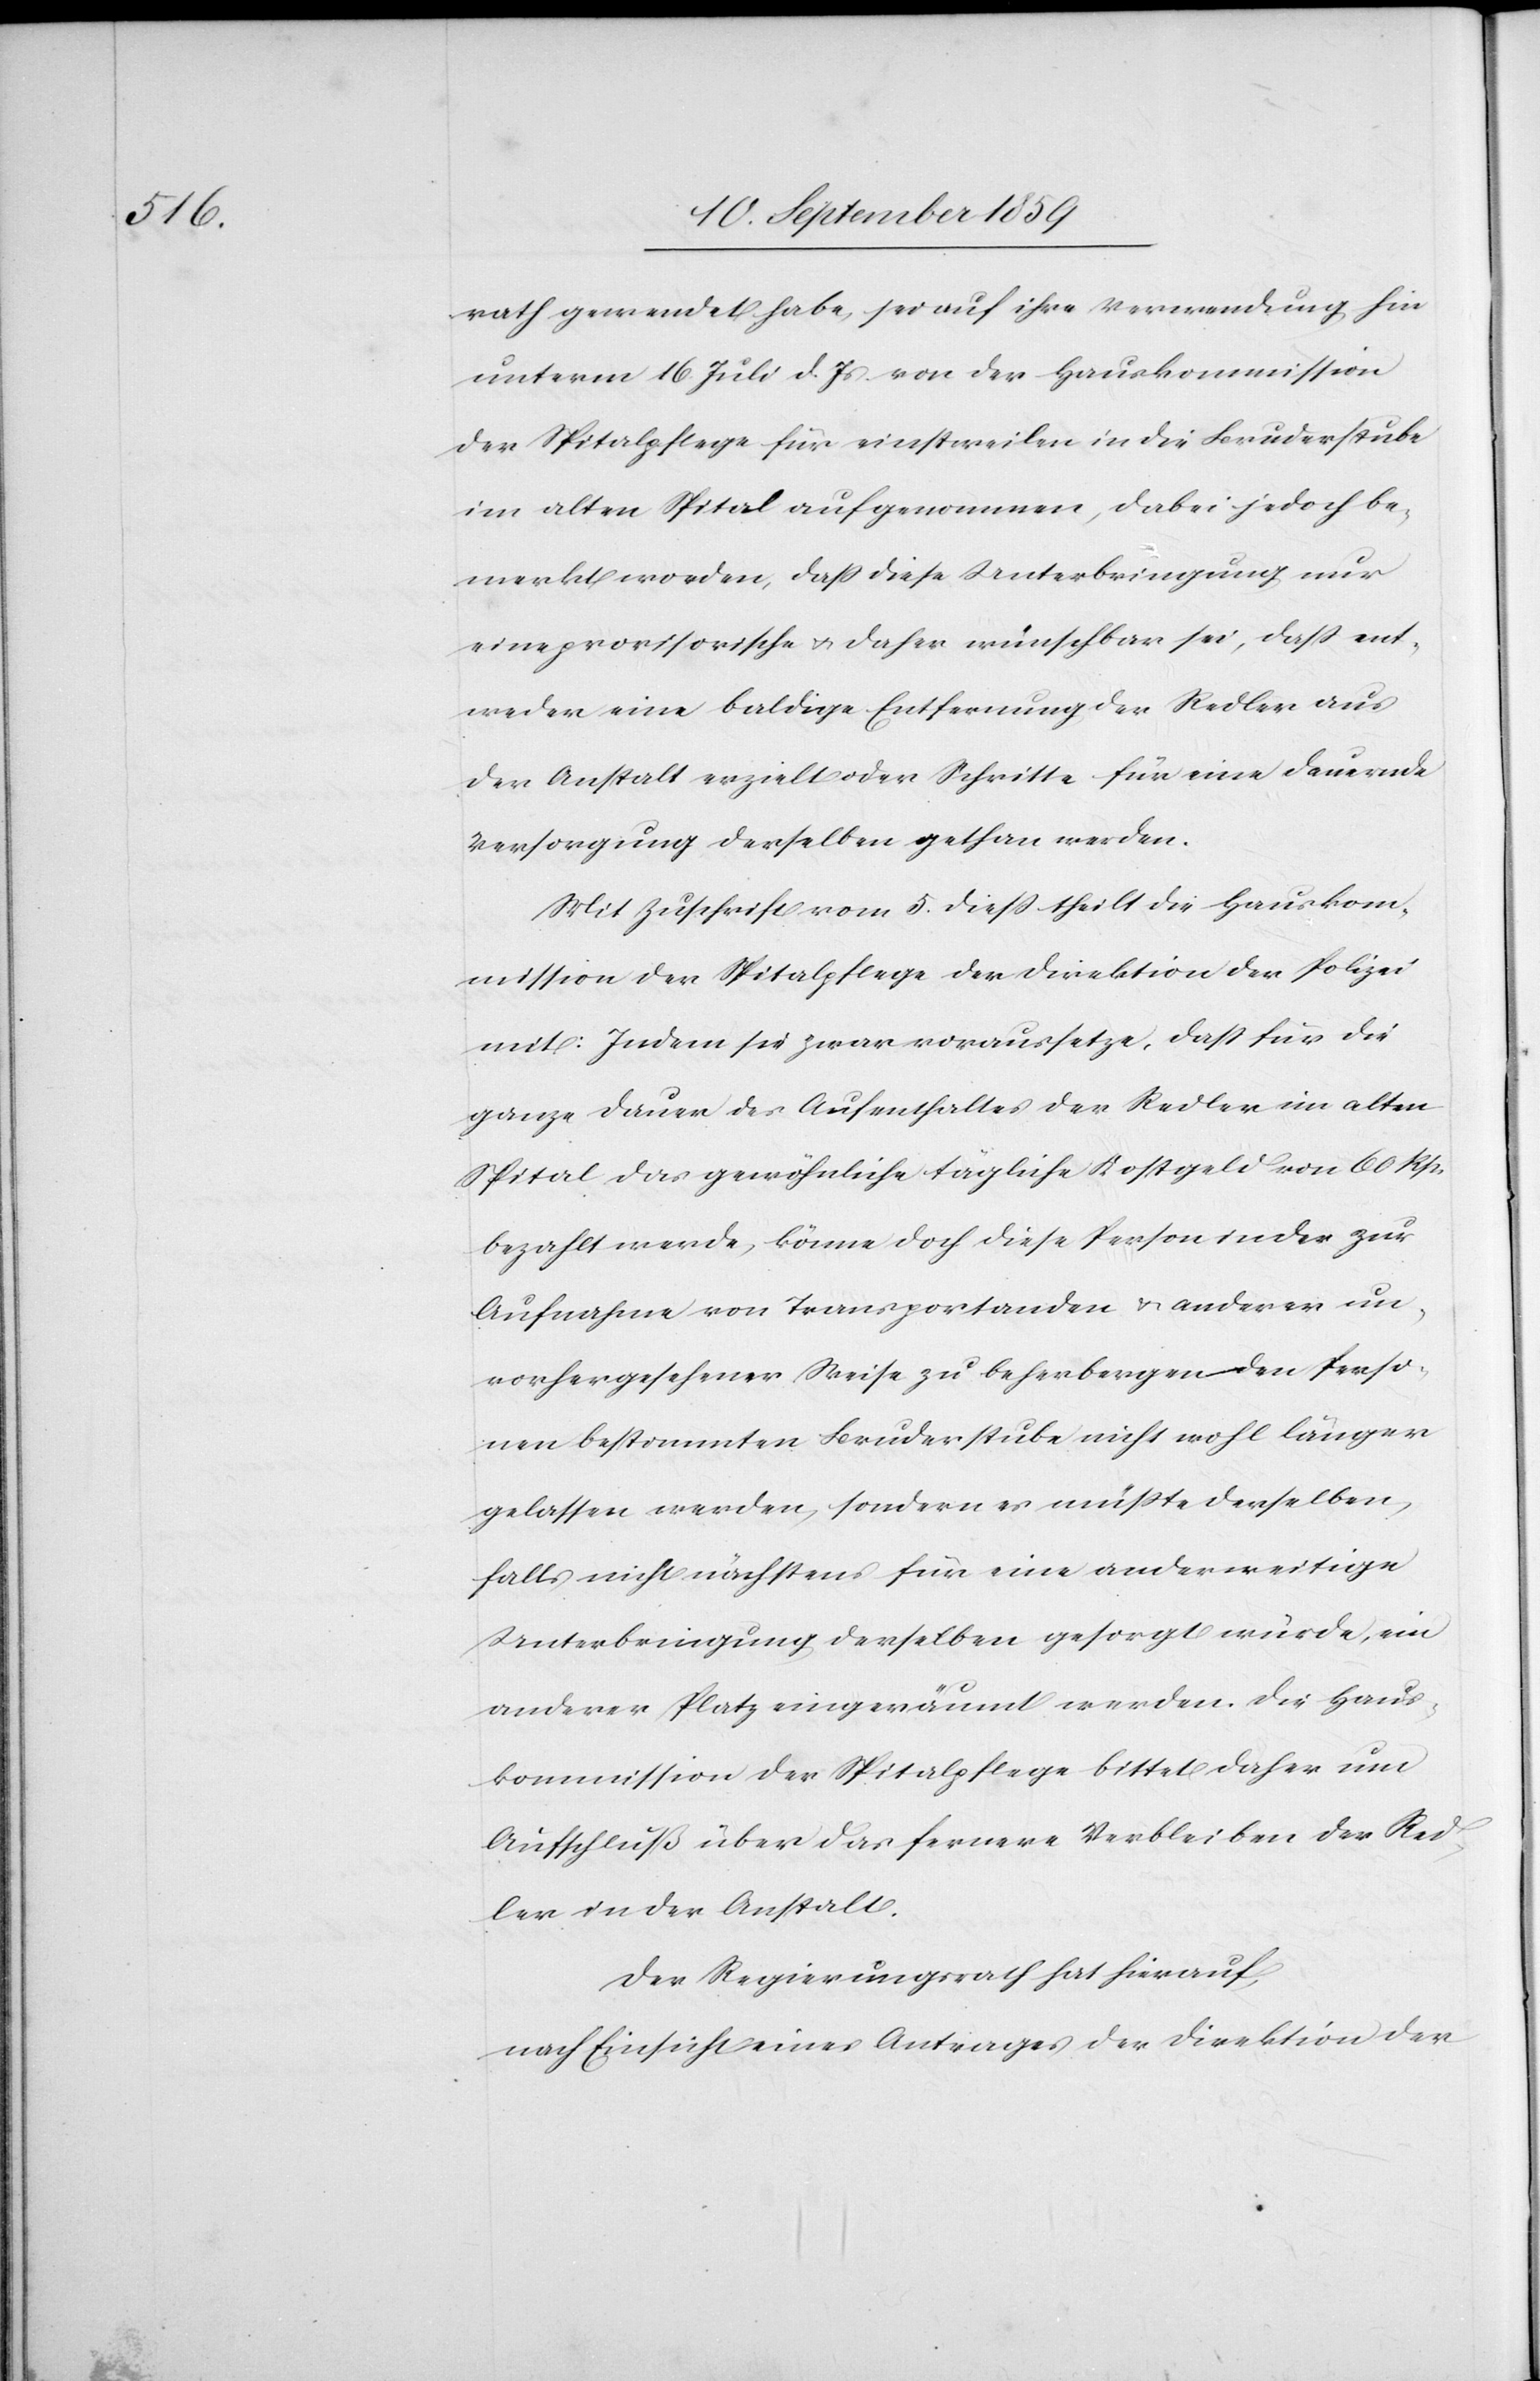
rath gewendet habe, sei auf ihre Verwendung hin
unterm 16. Juli d. Js. von der Hauskommission
der Spitalpflege für einstweilen in die Bruderstube
im alten Spital aufgenommen, dabei jedoch be¬
merkt worden, daß diese Unterbringung nur
eine provisorische & daher wünschbar sei, daß ent¬
weder eine baldige Entfernung der Redler aus
der Anstalt erzielt oder Schritte für eine dauernde
Versorgung derselben gethan werden.
Mit Zuschrift vom 5. dieß theilt die Hauskom¬
mission der Spitalpflege der Direktion der Polizei
mit: Indem sie zwar voraussetzte, daß für die
ganze Dauer des Aufenthaltes der Redler im alten
Spital das gewöhnliche tägliche Kostgeld von 60 Rp.
bezahlt werde, könne doch diese Person indes zur
Aufnahme von Transportanden & anderen un¬
vorhergesehener Weise zu beherbergenden Perso¬
nen bestimmten Bruderstube nicht wohl länger
gelassen werden, sondern es müßte derselben
falls nicht nächstens für eine anderweitige
Unterbringung derselben gesorgt würde, ein
anderer Platz eingeräumt werden. Die Haus¬
kommission der Spitalpflege bittet daher um
Aufschluß über das fernere Verbleiben der Red¬
ler in der Anstalt.
Der Regierungsrath hat hierauf,
nach Einsicht eines Antrages der Direktion der